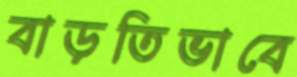
বাড়তিভাবে